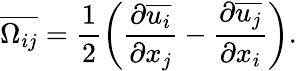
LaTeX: \overline{{\Omega_{ij}}}=\frac{1}{2}\left(\frac{\partial\overline{{u_{i}}}}{\partial x_{j}}-\frac{\partial\overline{{u_{j}}}}{\partial x_{i}}\right).